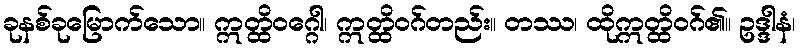
ခုနစ်ခုမြောက်သော။ ဣတ္ထိဝဂ္ဂေါ၊ ဣတ္ထိဝဂ်တည်း။ တဿ၊ ထိုဣတ္ထိဝဂ်၏။ ဥဒ္ဒါနံ၊